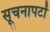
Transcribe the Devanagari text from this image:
सूचनापटों